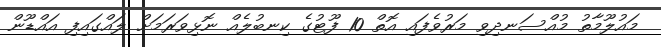
މައުލޫމާތު މުއްސަނދިވި މަރުވެފައި އޮތް 10 ފޫޓުގެ ކިނބުލެއް ނޮޅިވަރަމަށް ލައްގައިފި އައްޑޫން